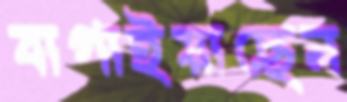
বাগাইয়াছেন